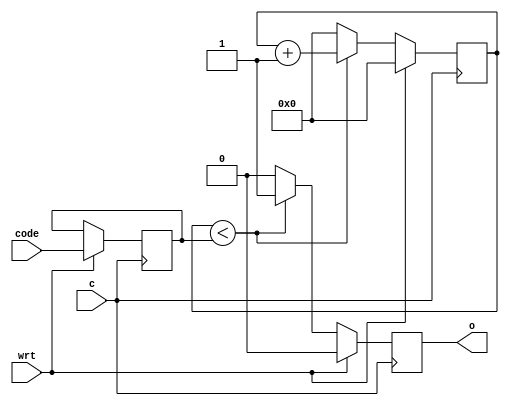
module fifth(input c, input wrt, input[5:0] code, output wire o); 
reg [5:0] N;
reg [5:0] i;
reg res;
 
always @ (posedge c) 
begin 
  if (wrt) begin
    N <= code;
    i <= 0;
    res = 0;
  end else if (i < N) begin
	i <= i + 1;
	res = 1;
  end else begin 
	i <= 0;
	res = 0;
  end
end 
assign o = (res == 1);
endmodule